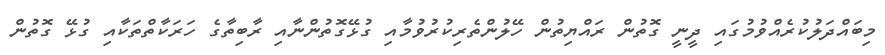
މިބައްދަލުކުރެއްވުމުގައި ދީނީ ގޮތުން ރައްޔިތުން ހޭލުންތެރިކުރުވުމާއި ގުޅޭގޮތުންނާއި ރާބިތާގެ ހަރަކާތްތަކާއި ގުޅޭ ގޮތުން